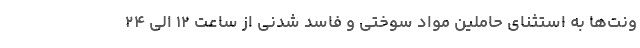
ونت‌ها به استثنای حاملین مواد سوختی و فاسد شدنی از ساعت ۱۲ الی ۲۴